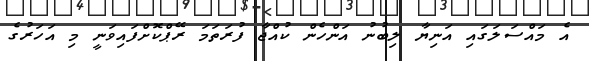
އެ މައްސަލަގައި އަނިޔާ ލިބުނު އަންހެން ކުއްޖާ ފުރަތަމަ ރޭޕްކޮށްފައިވަނީ މި އަހަރުގެ